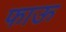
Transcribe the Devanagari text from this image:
फाऊ